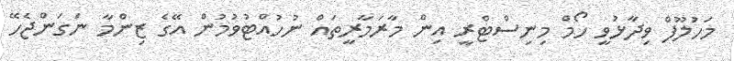
މަހުލޫފް ވިދާޅުވީ ހޯމް މިނިސްޓްރީ އިން މާރަމާރީތައް ނުހުއްޓުވުމުން އޭގެ ޒިންމާ ނަގަންޖެހޭ